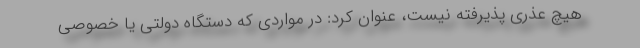
هیچ عذری پذیرفته نیست، عنوان کرد: در مواردی که دستگاه دولتی یا خصوصی